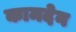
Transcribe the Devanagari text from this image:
कामदेन